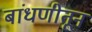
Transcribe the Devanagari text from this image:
बांधणीतून